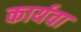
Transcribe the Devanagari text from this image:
कार्यवा